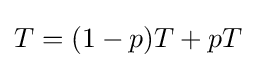
T=(1-p)T+pT